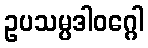
ဥပသမ္ပဒါဝဂ္ဂေါ